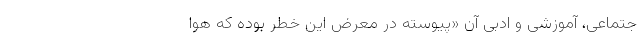
جتماعی، آموزشی‌ و ادبی آن «پیوسته‌ در معرض‌ این‌ خطر بوده که‌ هوا